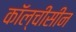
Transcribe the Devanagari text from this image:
कॉल्चीसीन